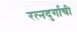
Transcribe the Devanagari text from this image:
रत्‍नदुर्गाची